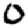
Digit: 0